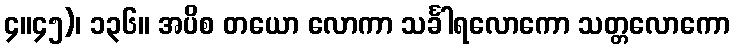
၄။၄၅)၊ ၁၃၆။ အပိစ တယော လောကာ သင်္ခါရလောကော သတ္တလောကော